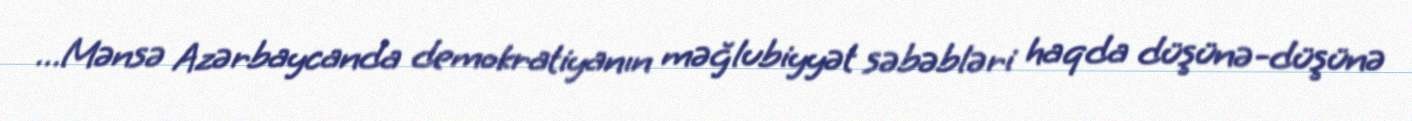
…Mənsə Azərbaycanda demokratiyanın məğlubiyyət səbəbləri haqda düşünə-düşünə